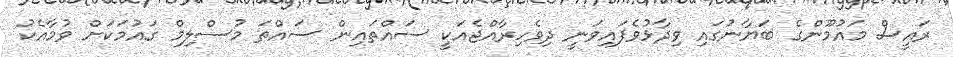
ރައީސް މައުމޫންގެ ބަޔާނުގައި ވިދާޅުވެފައިވަނީ ދިވެހިރާއްޖެއަކީ ސައްތައިން ސައްތަ މުސްލިމް ގައުމަކަށް ވުމާއެކު